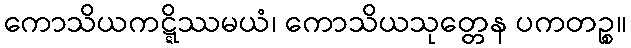
ကောသိယကဋ္ဋိဿမယံ၊ ကောသိယသုတ္တေန ပကတဉ္စ။